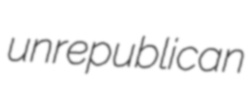
unrepublican